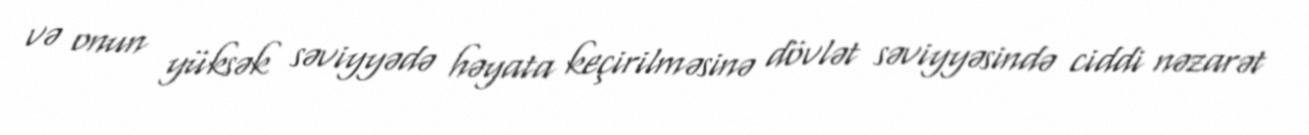
və onun yüksək səviyyədə həyata keçirilməsinə dövlət səviyyəsində ciddi nəzarət